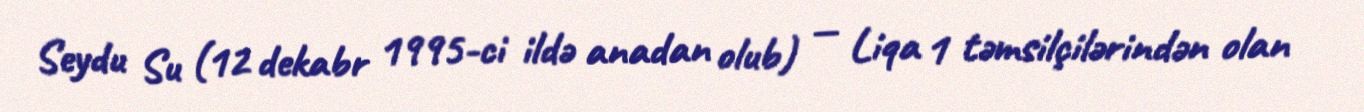
Seydu Su (12 dekabr 1995-ci ildə anadan olub) — Liqa 1 təmsilçilərindən olan